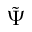
\tilde { \Psi }